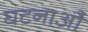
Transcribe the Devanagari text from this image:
घटनाऔं